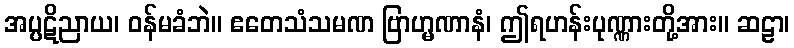
အပ္ပဋိညာယ၊ ဝန်မခံဘဲ။ ဧတေသံသမဏ ဗြာဟ္မဏာနံ၊ ဤရဟန်းပုဏ္ဏားတို့အား။ ဆဠာ၊